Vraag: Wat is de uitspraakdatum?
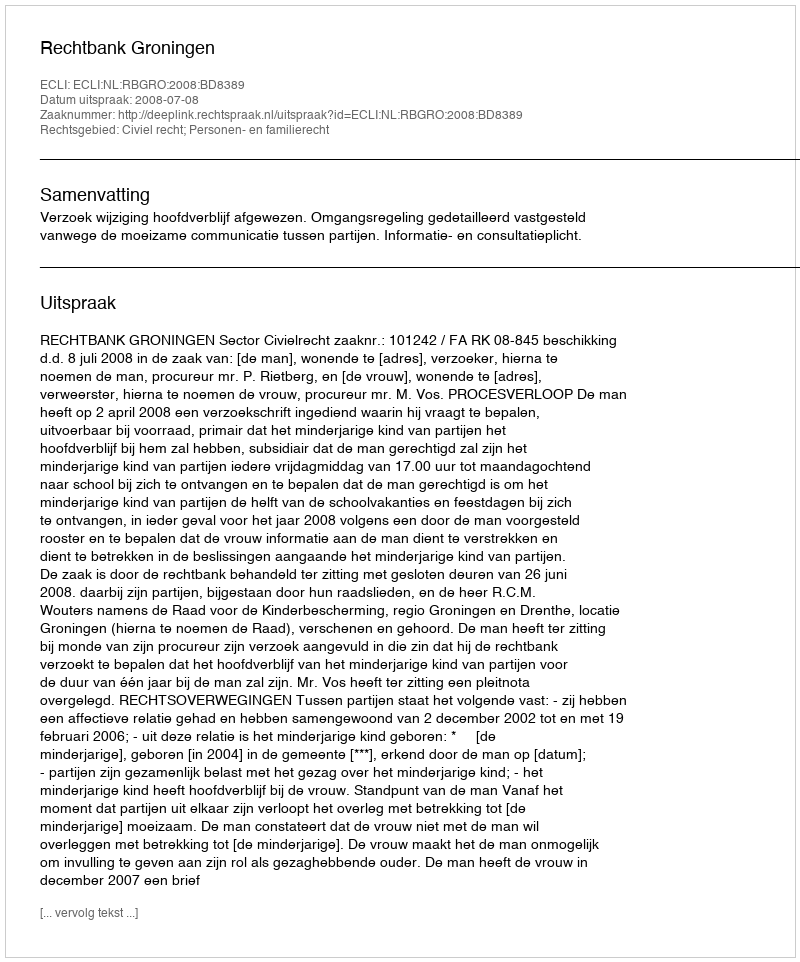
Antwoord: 2008-07-08